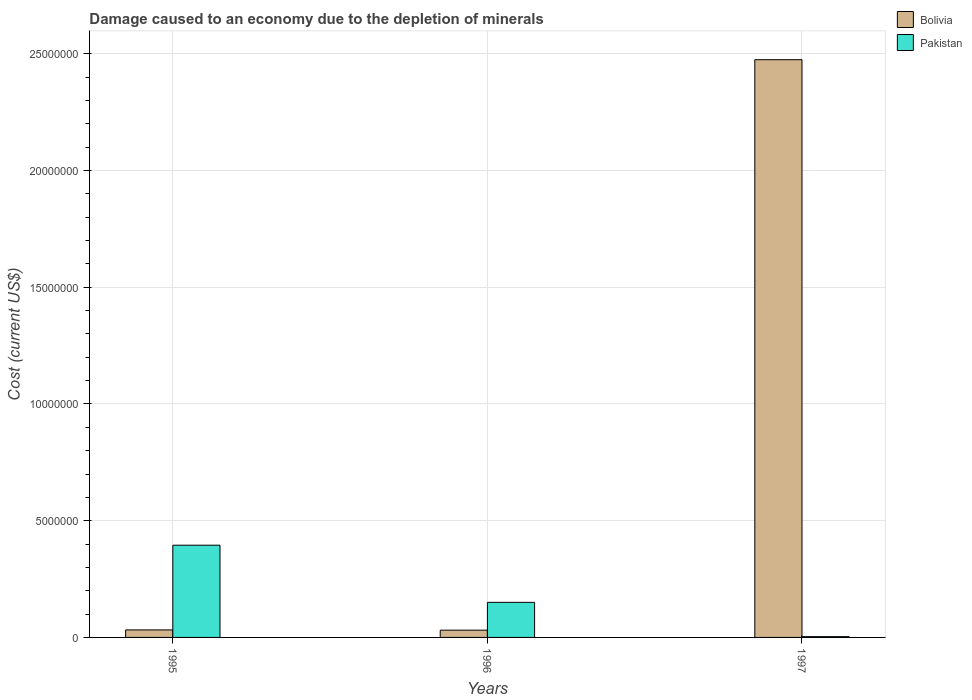
| Years | Bolivia | Pakistan |
 | --- | --- | --- |
 | 1995 | 3.22e+05 | 3.95e+06 |
 | 1996 | 3.11e+05 | 1.5e+06 |
 | 1997 | 2.47e+07 | 3.32e+04 |